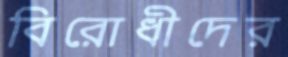
বিরোধীদের